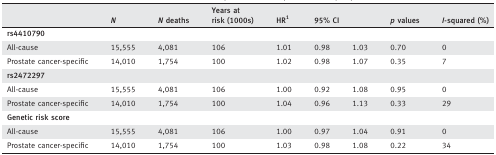
<table><thead><tr><td></td><td><b><i>N</i></b></td><td><b><i>N</i> deaths</b></td><td><b>Years at risk (1000s)</b></td><td><b>HRa</b></td><td colspan="2"><b>95% CI</b></td><td><b><i>p</i> values</b></td><td><b><i>I</i>‐squared (%)</b></td></tr></thead><tbody><tr><td><b>rs4410790</b></td><td></td><td></td><td></td><td></td><td></td><td></td><td></td><td></td></tr><tr><td>All‐cause</td><td>15,555</td><td>4,081</td><td>106</td><td>1.01</td><td>0.98</td><td>1.03</td><td>0.70</td><td>0</td></tr><tr><td>Prostate cancer‐specific</td><td>14,010</td><td>1,754</td><td>100</td><td>1.02</td><td>0.98</td><td>1.07</td><td>0.35</td><td>7</td></tr><tr><td><b>rs2472297</b></td><td></td><td></td><td></td><td></td><td></td><td></td><td></td><td></td></tr><tr><td>All‐cause</td><td>15,555</td><td>4,081</td><td>106</td><td>1.00</td><td>0.92</td><td>1.08</td><td>0.95</td><td>0</td></tr><tr><td>Prostate cancer‐specific</td><td>14,010</td><td>1,754</td><td>100</td><td>1.04</td><td>0.96</td><td>1.13</td><td>0.33</td><td>29</td></tr><tr><td><b>Genetic risk score</b></td><td></td><td></td><td></td><td></td><td></td><td></td><td></td><td></td></tr><tr><td>All‐cause</td><td>15,555</td><td>4,081</td><td>106</td><td>1.00</td><td>0.97</td><td>1.04</td><td>0.91</td><td>0</td></tr><tr><td>Prostate cancer‐specific</td><td>14,010</td><td>1,754</td><td>100</td><td>1.03</td><td>0.98</td><td>1.08</td><td>0.22</td><td>34</td></tr></tbody></table>